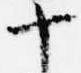
十